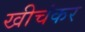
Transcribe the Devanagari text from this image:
खीचंकर